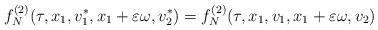
LaTeX: \begin{align*}f_N^{(2)} (\tau,x_1,v_1^*,x_1+\varepsilon \omega,v_2^*) =f_N^{(2)} (\tau,x_1,v_1,x_1+\varepsilon \omega,v_2)\end{align*}